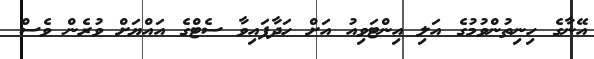
އޭނާގެ ހިނިތުންވުމުގެ އަލި އިންޓަވިއު އަށް ހަދާފައިވާ ސެޓްގެ އައްޔަށް ވުރެން ވެސް